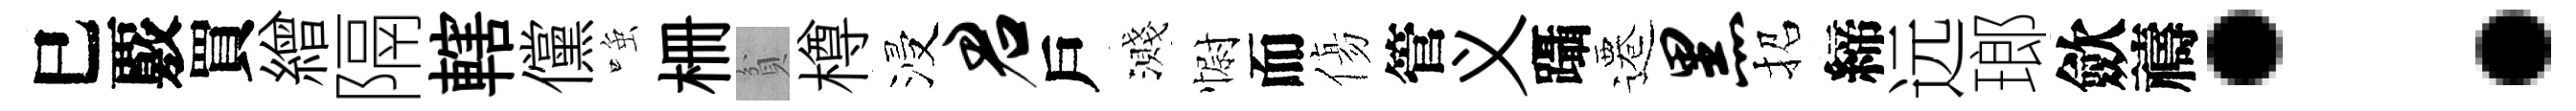
巳覈買繒隔轄儻𫪻栅貧樽浸君戶濺𢠢而傷管义躡遷黑招締远瑯歛禱：